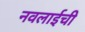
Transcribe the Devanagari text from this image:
नवलाईची